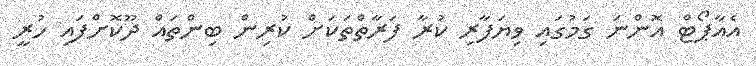
އެއާޕޯޓް އޮންނަ ގަމުގައި ވިޔަފާރި ކުރާ ފަރާތްތަކަށް ކުރިން ބިންތައް ދޫކޮށްފައި ހުރީ